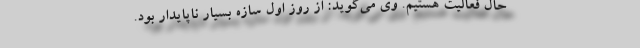
حال فعالیت هستیم. وی می‌گوید: از روز اول سازه بسیار ناپایدار بود.